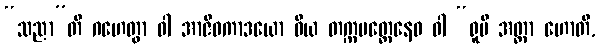
“သညာ”တိ ဂဟေတွာ ဝါ အာဇီဝကာဒယော ဝိယ တက္ကမတ္တေနေဝ ဝါ “ရူပီ အတ္တာ ဟောတိ,